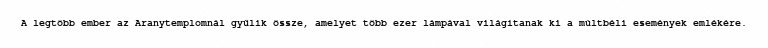
A legtöbb ember az Aranytemplomnál gyűlik össze, amelyet több ezer lámpával világítanak ki a múltbéli események emlékére.